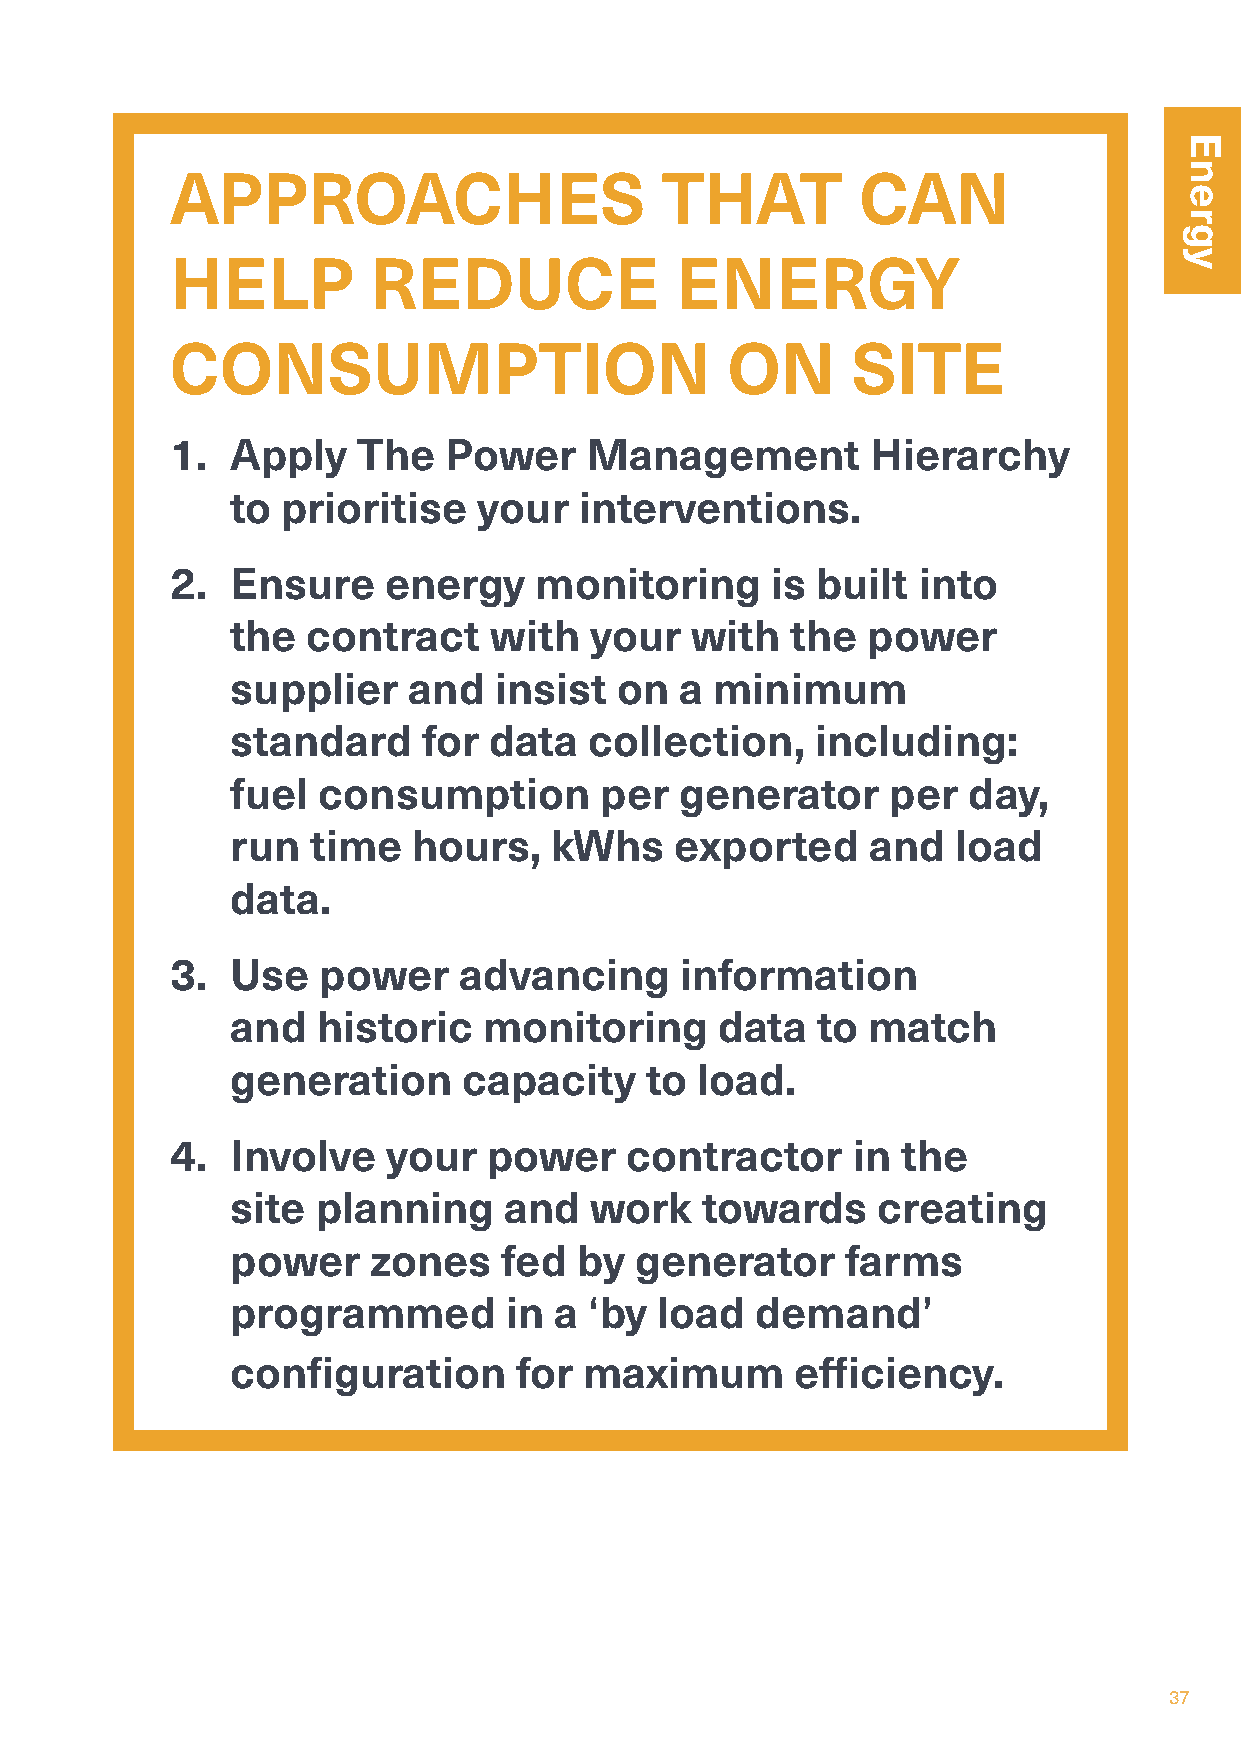
APPROACHES                       THAT         CAN
 HELP         REDUCE               ENERGY
 CONSUMPTION                          ON      SITE
 1.  Apply    The  Power     Management         Hierarchy
 to  prioritise   your  interventions.
 2.  Ensure    energy    monitoring      is built  into
 the  contract    with   your   with  the  power
 supplier    and   insist  on  a minimum
 standard     for data   collection,    including:
 fuel  consumption        per  generator     per  day,
 run   time  hours,    kWhs    exported     and  load
 data.
 3.  Use   power    advancing      information
 and   historic   monitoring      data  to match
 generation      capacity    to load.
 4.  Involve    your  power     contractor    in  the
 site  planning    and   work    towards    creating
 power    zones    fed  by  generator     farms
 programmed        in  a ‘by load   demand’
 configuration      for  maximum       efficiency.
 37
 Energy